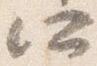
所